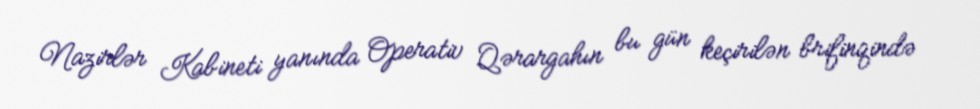
Nazirlər Kabineti yanında Operativ Qərargahın bu gün keçirilən brifinqində